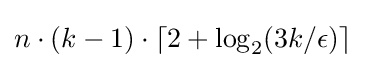
n\cdot (k-1)\cdot \lceil 2+\log _{2}(3k/\epsilon )\rceil